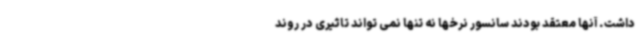
داشت. آنها معتقد بودند سانسور نرخها نه تنها نمی تواند تاثیری در روند